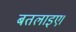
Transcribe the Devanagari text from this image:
बतलाइए।